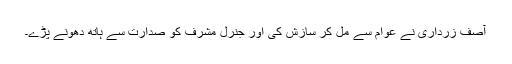
آصف زرداری نے عوام سے مل کر سازش کی اور جنرل مشرف کو صدارت سے ہاتھ دھونے پڑے۔